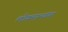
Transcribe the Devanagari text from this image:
लोकमान्यांवर